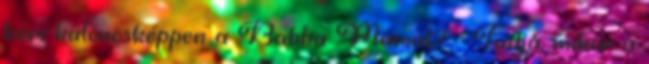
kéri különösképpen a Babba Máriát? - Tudja, mikor a